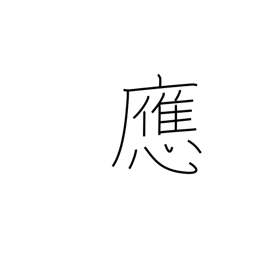
Meaning: reply